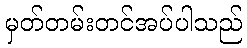
မှတ်တမ်းတင်အပ်ပါသည်